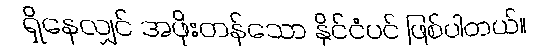
ရှိနေလျှင် အဖိုးတန်သော နိုင်ငံပင် ဖြစ်ပါတယ်။